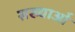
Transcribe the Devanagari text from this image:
सख्याओं